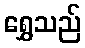
ရွှေသည်